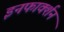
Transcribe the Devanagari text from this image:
इनफार्क्शन